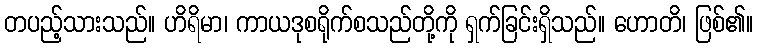
တပည့်သားသည်။ ဟိရိမာ၊ ကာယဒုစရိုက်စသည်တို့ကို ရှက်ခြင်းရှိသည်။ ဟောတိ၊ ဖြစ်၏။